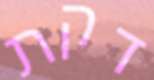
דקת